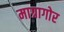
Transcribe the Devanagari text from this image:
माग्रागोर